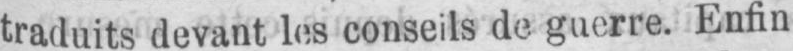
traduits devant les conseils de guerre. Enfin